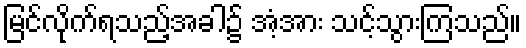
မြင်လိုက်ရသည့်အခါ၌ အံ့အား သင့်သွားကြသည်။